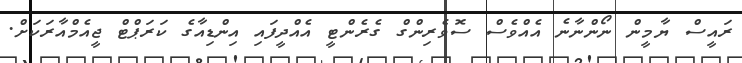
ރައީސް ޔާމީން ނޯންނާނެ އެއްވެސް ސޮވެރިންގް ގެރެންޓީ އެއްދީފައި އިންޑިއާގެ ކަރަޕްޓް ޖީއެމްއާރަކަށް.